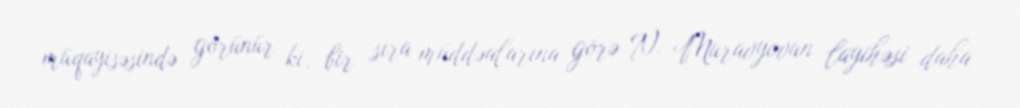
müqayisəsində görünür ki, bir sıra müddəalarına görə N. Muravyovun layihəsi daha